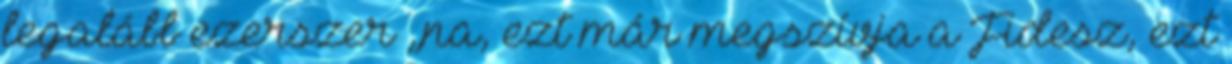
legalább ezerszer „na, ezt már megszívja a Fidesz, ezt